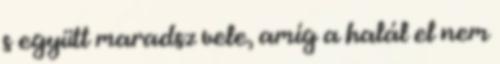
s együtt maradsz vele, amíg a halál el nem